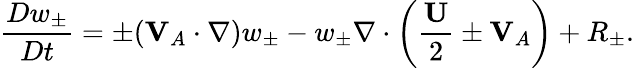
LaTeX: \frac{Dw_{\pm}}{Dt}=\pm(\textbf{V}_{A}\cdot\nabla)w_{\pm}-w_{\pm}\nabla\cdot\bigg(\frac{\textbf{U}}{2}\pm\textbf{V}_{A}\bigg)+R_{\pm}.